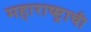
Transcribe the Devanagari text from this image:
महाराष्ष्ट्राची